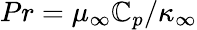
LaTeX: Pr=\mu_{\infty}\mathbb{C}_{p}/\kappa_{\infty}